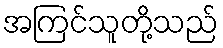
အကြင်သူတို့သည်